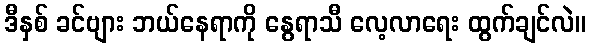
ဒီနှစ် ခင်ဗျား ဘယ်နေရာကို နွေရာသီ လေ့လာရေး ထွက်ချင်လဲ။